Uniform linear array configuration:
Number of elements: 4
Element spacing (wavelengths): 0.75
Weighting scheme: cosine
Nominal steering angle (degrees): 15
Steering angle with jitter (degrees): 15.685
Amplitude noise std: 0.05
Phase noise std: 0.05

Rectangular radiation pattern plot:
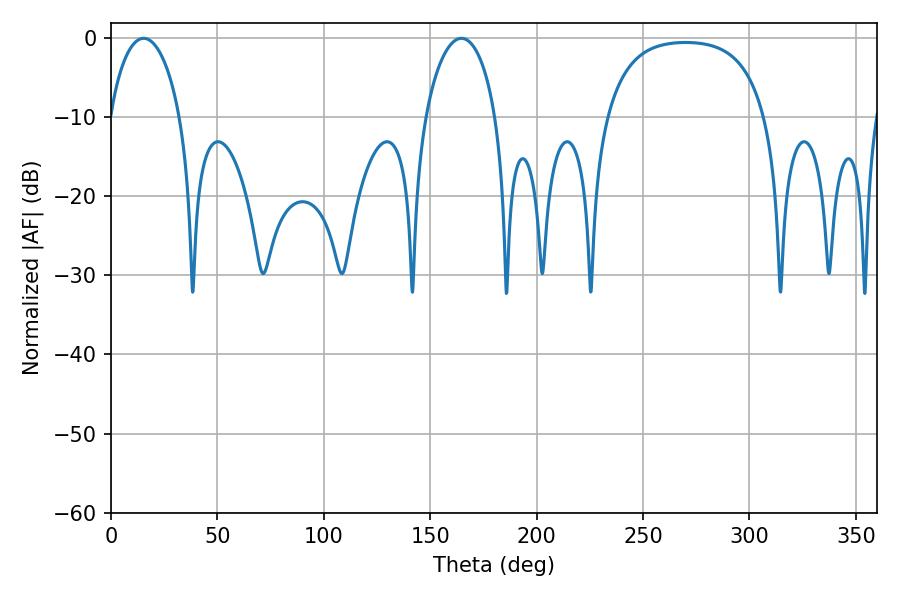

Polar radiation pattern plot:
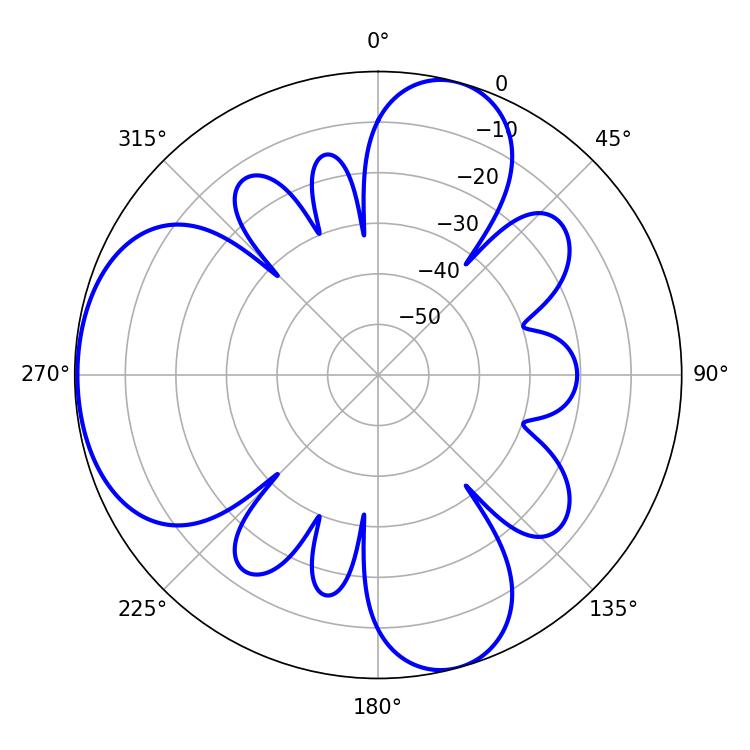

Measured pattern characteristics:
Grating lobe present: TRUE
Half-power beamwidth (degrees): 18.9
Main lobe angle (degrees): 15.3